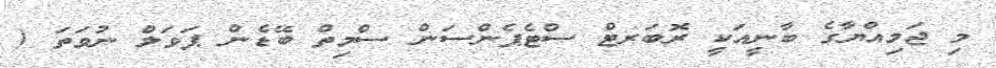
މި ޖަމިއްޔާގެ ބާނީއަކީ ރޮބަރޓް ސްޓެޕެންސަން ސްމިތް ބޭޑެން ޕަވަލް ނުވަތަ (